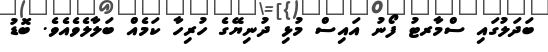
ބަދަލުގައި ސްމާރޓު ފޯނު އައިސް މުޅި ދުނިޔޭގެ ހުރިހާ ކަމެއް ބަލާލެވެއެވެ. ބޮޑު